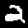
Label: 2